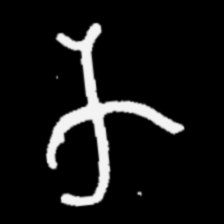
Pyu character \u2014 Myanmar letter: က (romanized: ka)